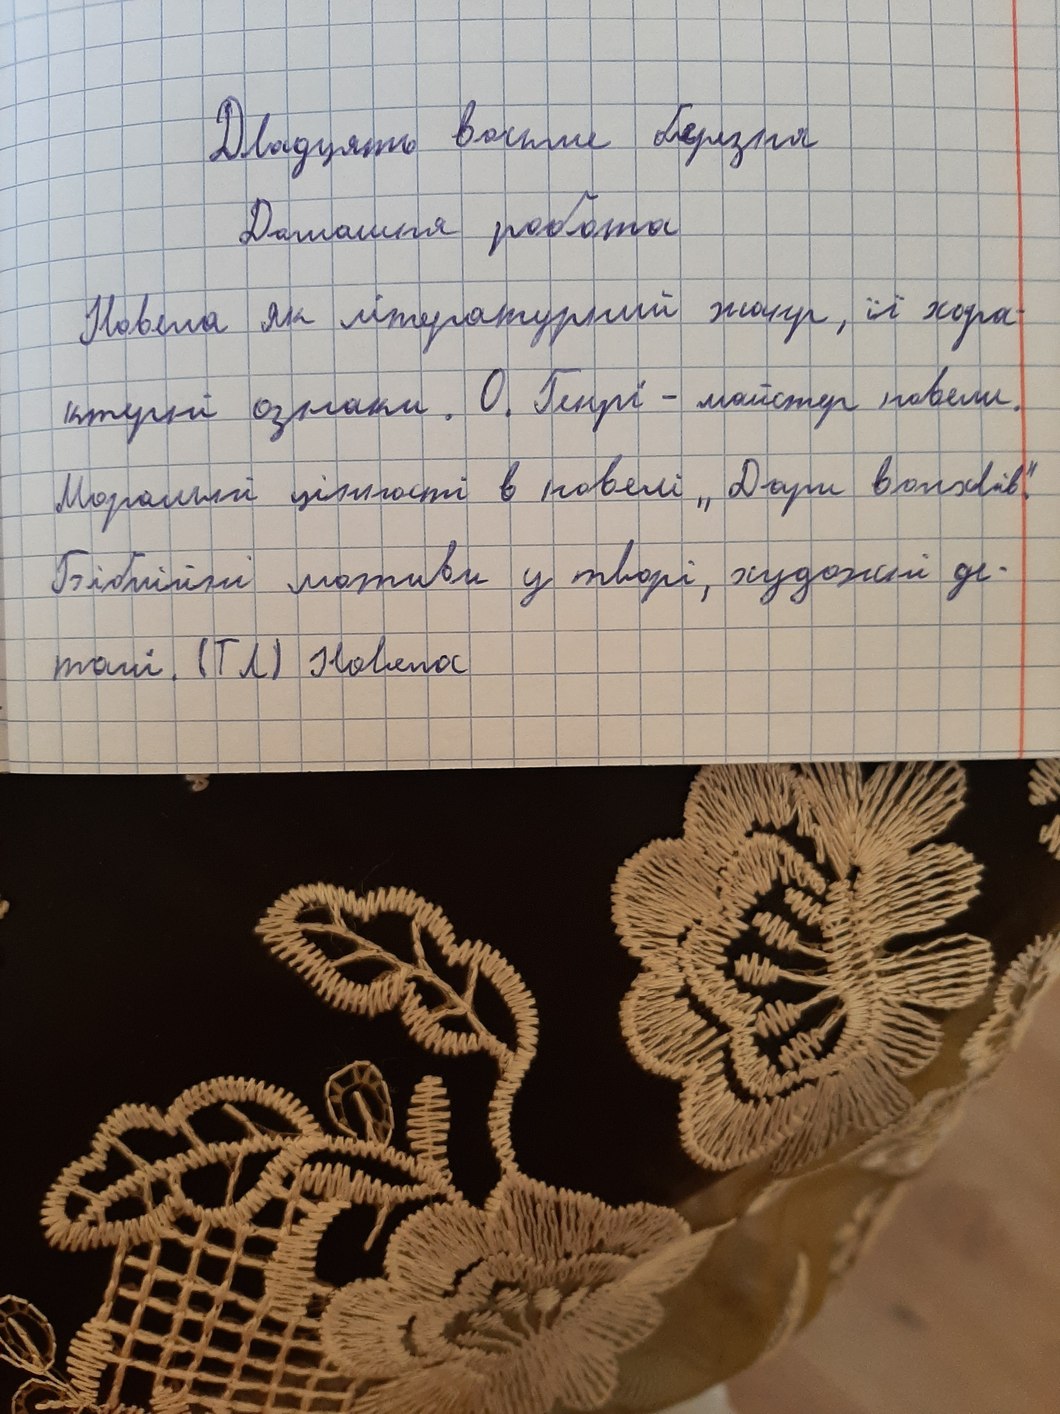
Двадцять восьме березня
Домашня робота
Новела як літературний жанр, її хара-
ктерні ознаки. О. Генрі - майстер новели.
Моральні цінності в новелі "Дари волхвів".
Біблійні мотиви у творі, художні де-
талі.  (ТЛ) Новела